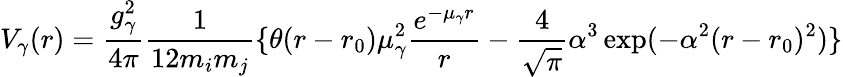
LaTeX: V_{\gamma}(r)=\frac{g_{\gamma}^{2}}{4\pi}\frac{1}{12m_{i}m_{j}}\{ \theta(r-r_{0})\mu_{\gamma}^{2}\frac{e^{-\mu_{\gamma}r}}{r}-\frac{4}{\sqrt{\pi}}\alpha^{3}\exp(-\alpha^{2}(r-r_{0})^{2})\}